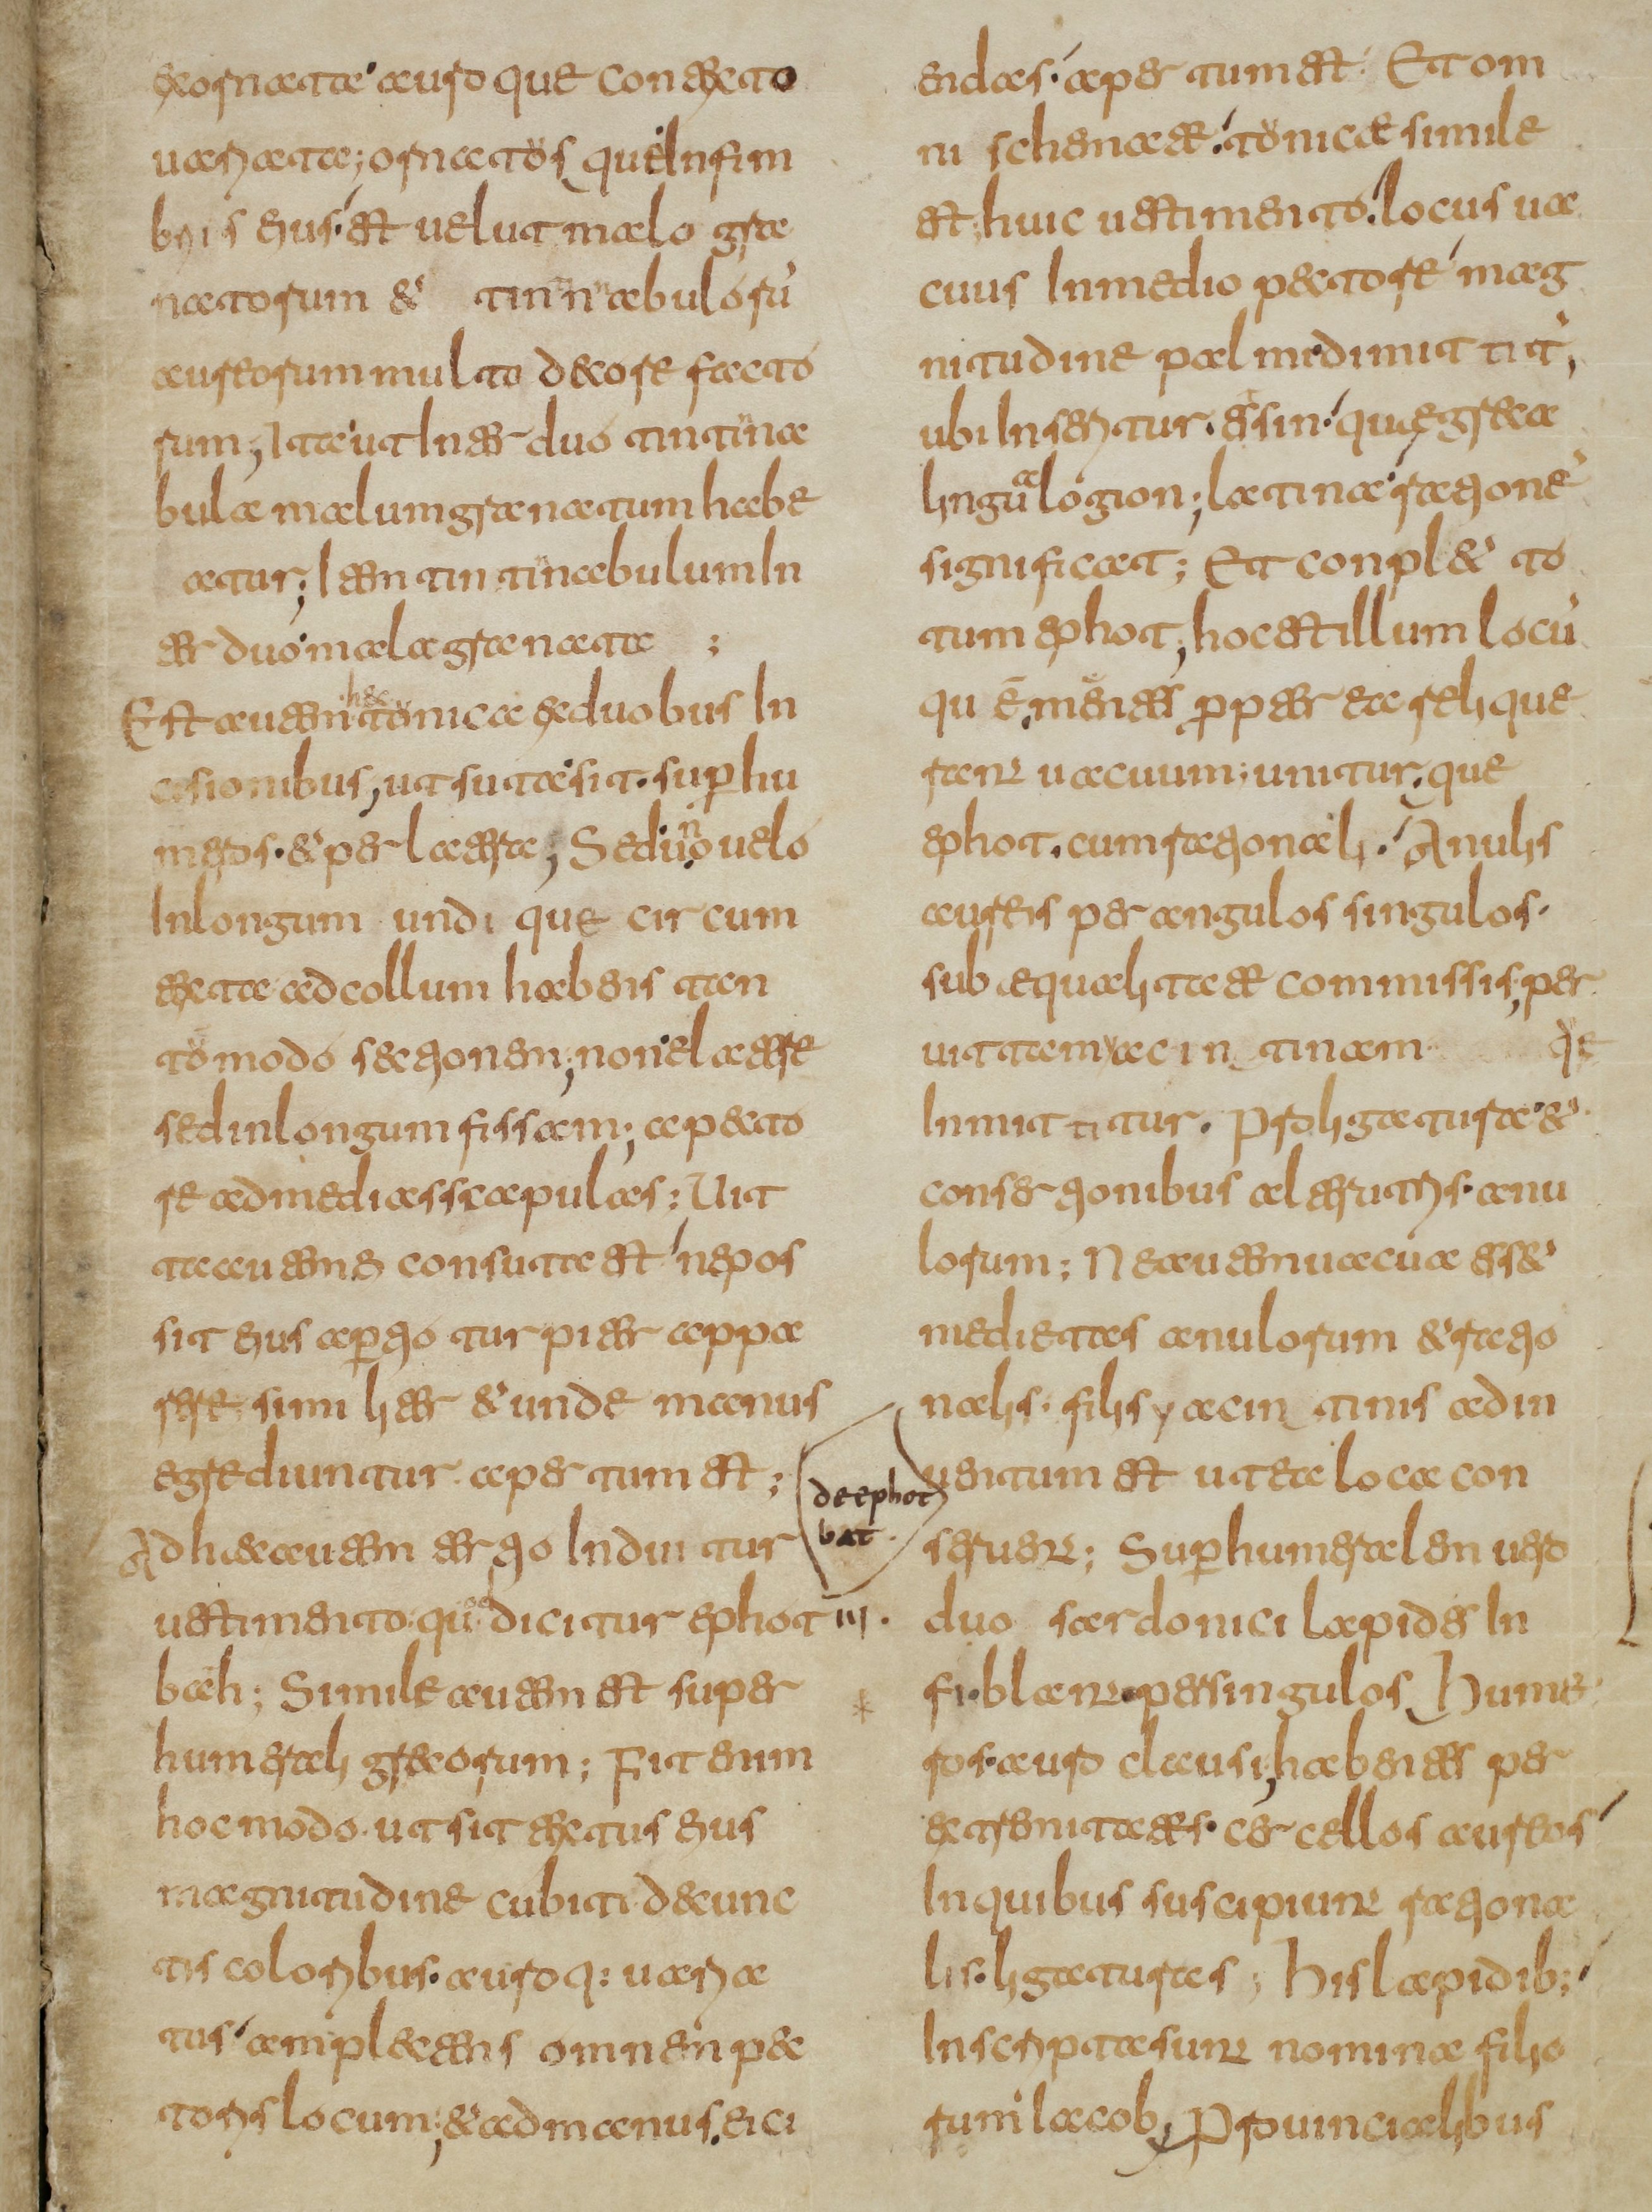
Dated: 800–849